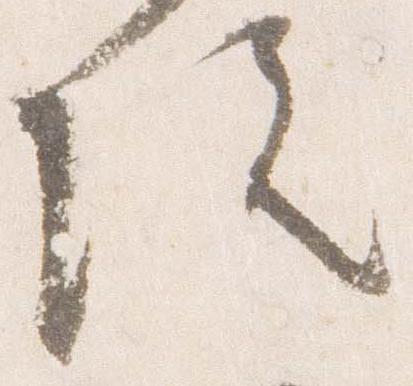
院